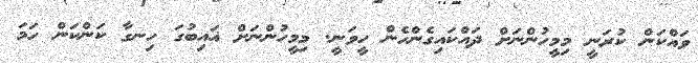
ވައްކަން ކުރަނީ މިމީހުންނަށް ދައްކައިގެންހެން ހީވަނީ. މިމީހުންނަށް ޣައިބުގަ ހިނގާ ކަންކަން ހަމަ